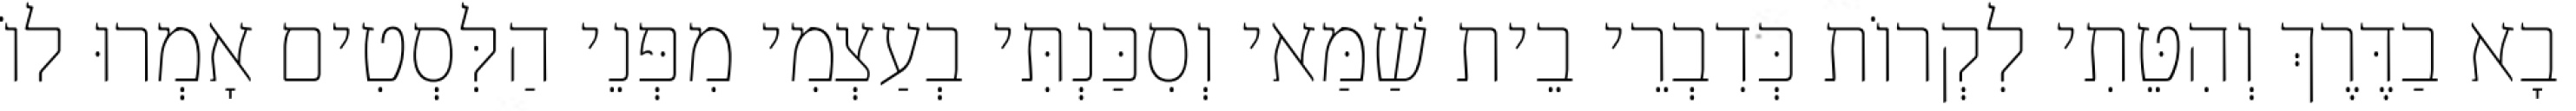
בָא בַדֶּרֶךְ וְהִטֵּתִי לִקְרוֹת כְּדִבְרֵי בֵית שַׁמַּאי וְסִכַּנְתִּי בְעַצְמִי מִפְּנֵי הַלִּסְטִים אָמְרוּ לוֹ